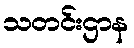
သတင်းဌာန